Civil Veterinary Department. Central Provinces & Berar 1925-31 - 1925-1931
Year: 1925
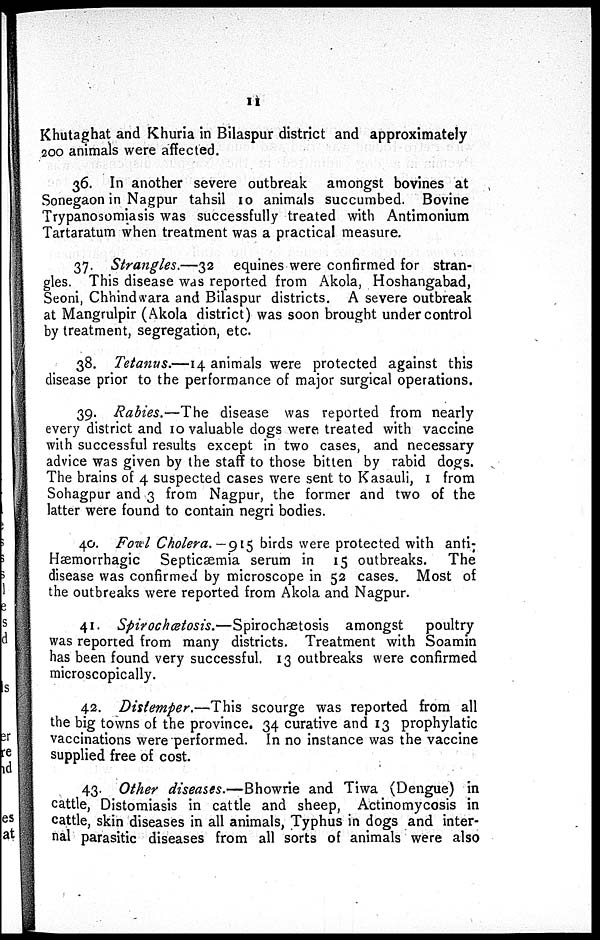
11
Khutaghat and Khuria in Bilaspur district and approximately
200 animals were affected.
36. In another severe outbreak amongst bovines at
Sonegaon in Nagpur tahsil 10 animals succumbed. Bovine
Trypanosomiasis was successfully treated with Antimonium
Tartaratum when treatment was a practical measure.
37. Strangles.—32 equines were confirmed for stran-
gles. This disease was reported from Akola, Hoshangabad,
Seoni, Chhindwara and Bilaspur districts. A severe outbreak
at Mangrulpir (Akola district) was soon brought under control
by treatment, segregation, etc.
38. Tetanus.—14 animals were protected against this
disease prior to the performance of major surgical operations.
39. Rabies.—The disease was reported from nearly
every district and 10 valuable dogs were treated with vaccine
with successful results except in two cases, and necessary
advice was given by the staff to those bitten by rabid dogs.
The brains of 4 suspected cases were sent to Kasauli, 1 from
Sohagpur and 3 from Nagpur, the former and two of the
latter were found to contain negri bodies.
40. Fowl Cholera.— 915 birds were protected with anti-
Hæmorrhagic Septicæmia serum in 15 outbreaks. The
disease was confirmed by microscope in 52 cases. Most of
the outbreaks were reported from Akola and Nagpur.
41. Spirochætosis.—Spirochætosis
amongst poultry
was reported from many districts. Treatment with Soamin
has been found very successful. 13 outbreaks were confirmed
microscopically.
42. Distemper.—This scourge was reported from all
the big towns of the province. 34 curative and 13 prophylatic
vaccinations were performed. In no instance was the vaccine
supplied free of cost.
43. Other diseases.—Bhowrie and Tiwa (Dengue) in
cattle, Distomiasis in cattle and sheep, Actinomycosis in
cattle, skin diseases in all animals, Typhus in dogs and inter-
nal parasitic diseases from all sorts of animals were also